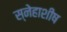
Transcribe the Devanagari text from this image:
स्नेहाशीष